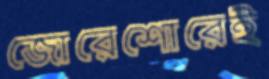
জোরেশোরেই